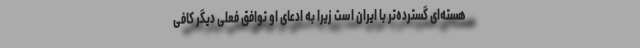
هسته‌ای گسترده‌تر با ایران است زیرا به ادعای او توافق فعلی دیگر کافی